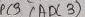
Text: ADC3